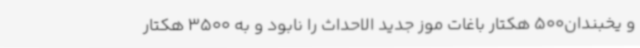
و یخبندان500 هکتار باغات موز جدید الاحداث را نابود و به 3500 هکتار